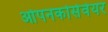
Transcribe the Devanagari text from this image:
ओपनकोर्सवेयर